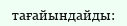
тағайындайды: